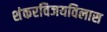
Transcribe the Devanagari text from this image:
शंकरविजयविलास